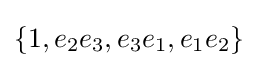
\{1,e_{2}e_{3},e_{3}e_{1},e_{1}e_{2}\}